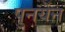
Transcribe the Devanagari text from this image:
पुनर्येन